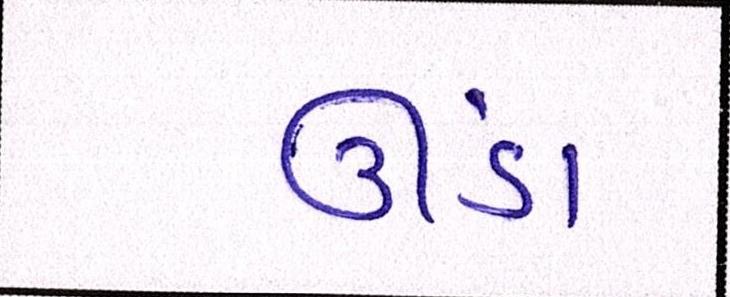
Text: ઊંડા